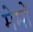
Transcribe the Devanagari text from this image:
मेमों